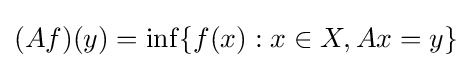
(Af)(y)=\inf\{f(x):x\in X,Ax=y\}